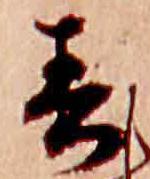
春